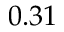
0 . 3 1